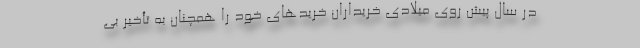
در سال پیش روی میلادی خریداران خریدهای خود را همچنان به تأخیر بی